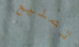
تصليح